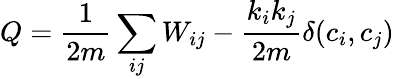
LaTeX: Q=\frac{1}{2m}\sum_{ij}W_{ij}-\frac{k_{i}k_{j}}{2m}\delta(c_{i},c_{j})